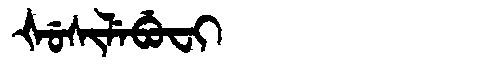
Manchu: ᡧᡠᠰᡳᠯᡝᠪᡠᠸᡳ
Romanization: ŠUSILEBUFI